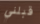
قبلني